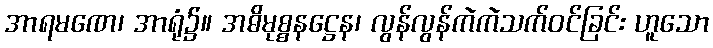
အာရမဏေ၊ အာရုံ၌။ အဓိမုစ္စနဋ္ဌေန၊ လွန်လွန်ကဲကဲသက်ဝင်ခြင်း ဟူသော